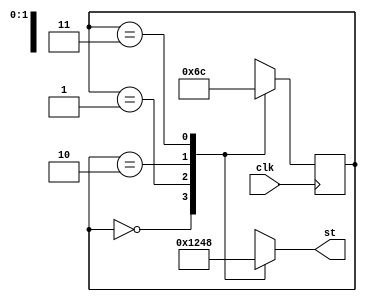
module dig_scan(clk,st);

input clk;
output reg[3:0]st; 
reg[1:0]state;

always@(posedge clk)
    begin 
	     case(state)
		      0:state<=1;
				1:state<=2;
				2:state<=3;
				3:state<=0;
				//
		  endcase
	 end
	 
always@(state)
    begin
	     case(state)
		      0:st<=4'b0001;
				1:st<=4'b0010;
				2:st<=4'b0100;
				3:st<=4'b1000;
		  endcase
    end
	 
endmodule